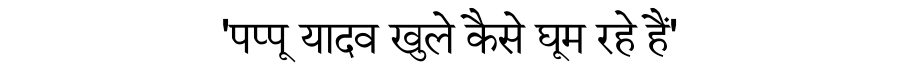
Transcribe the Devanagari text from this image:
'पप्पू यादव खुले कैसे घूम रहे हैं'